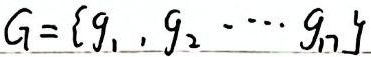
\(G = \{g_1, g_2, \cdots, g_n\}\)